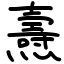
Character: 燾